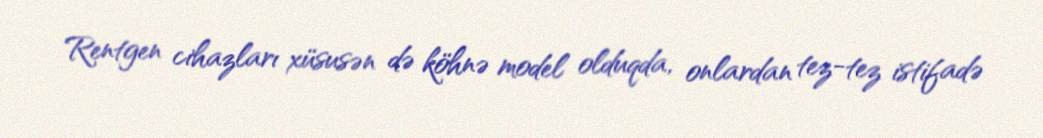
Rentgen cihazları xüsusən də köhnə model olduqda, onlardan tez-tez istifadə